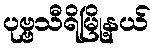
ပုဗ္ဗသီရိမြို့နယ်